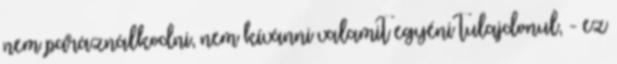
nem paráználkodni, nem kívánni valamit egyéni tulajdonul, - ez